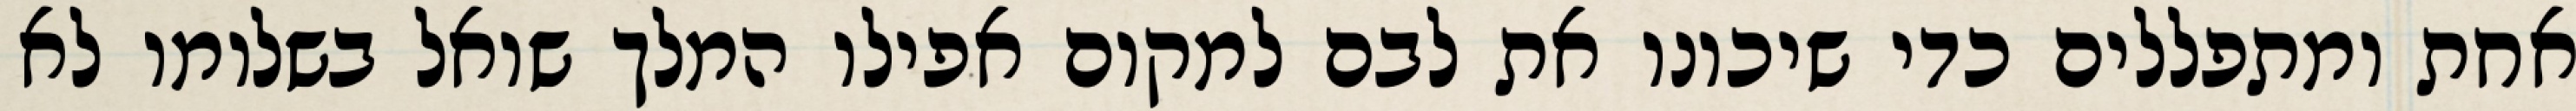
אחת ומתפללים כדי שיכונו את לבם למקום אפילו המלך שואל בשלומו לא